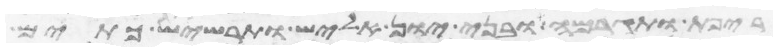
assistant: ריפת ותגרמה ובני יון אליש תרשיש כתים